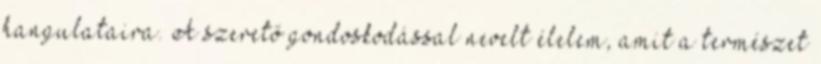
hangulataira. A szerető gondoskodással nevelt élelem, amit a természet